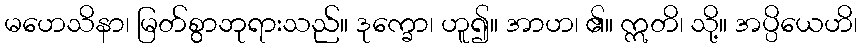
မဟေသိနာ၊ မြတ်စွာဘုရားသည်။ ဒုက္ခော၊ ဟူ၍။ အာဟ၊ ၏။ ဣတိ၊ သို့။ အပ္ပိယေဟိ၊